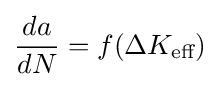
{da \over dN}=f(\Delta K_{\text{eff}})